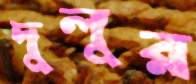
দুলুর